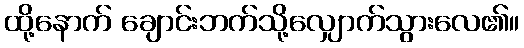
ထို့နောက် ချောင်းဘက်သို့လျှောက်သွားလေ၏။